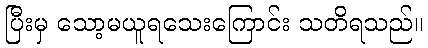
ပြီးမှ သော့မယူရသေးကြောင်း သတိရသည်။